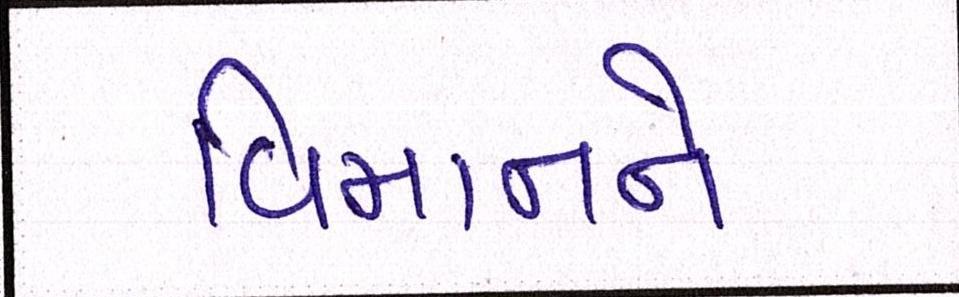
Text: વિમાનને